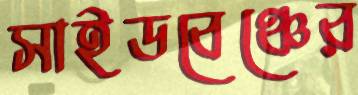
সাইডবেঞ্চের